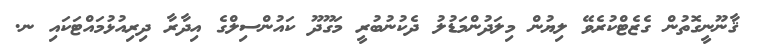
ޤާނޫނީގޮތުން ގެޒެޓްކުރެވޭ ލިޔުން މިލަދުންމަޑުލު ދެކުނުބުރީ މަގޫދޫ ކައުންސިލްގެ އިދާރާ ދިރިއުޅުމައްޓަކައި ނ.